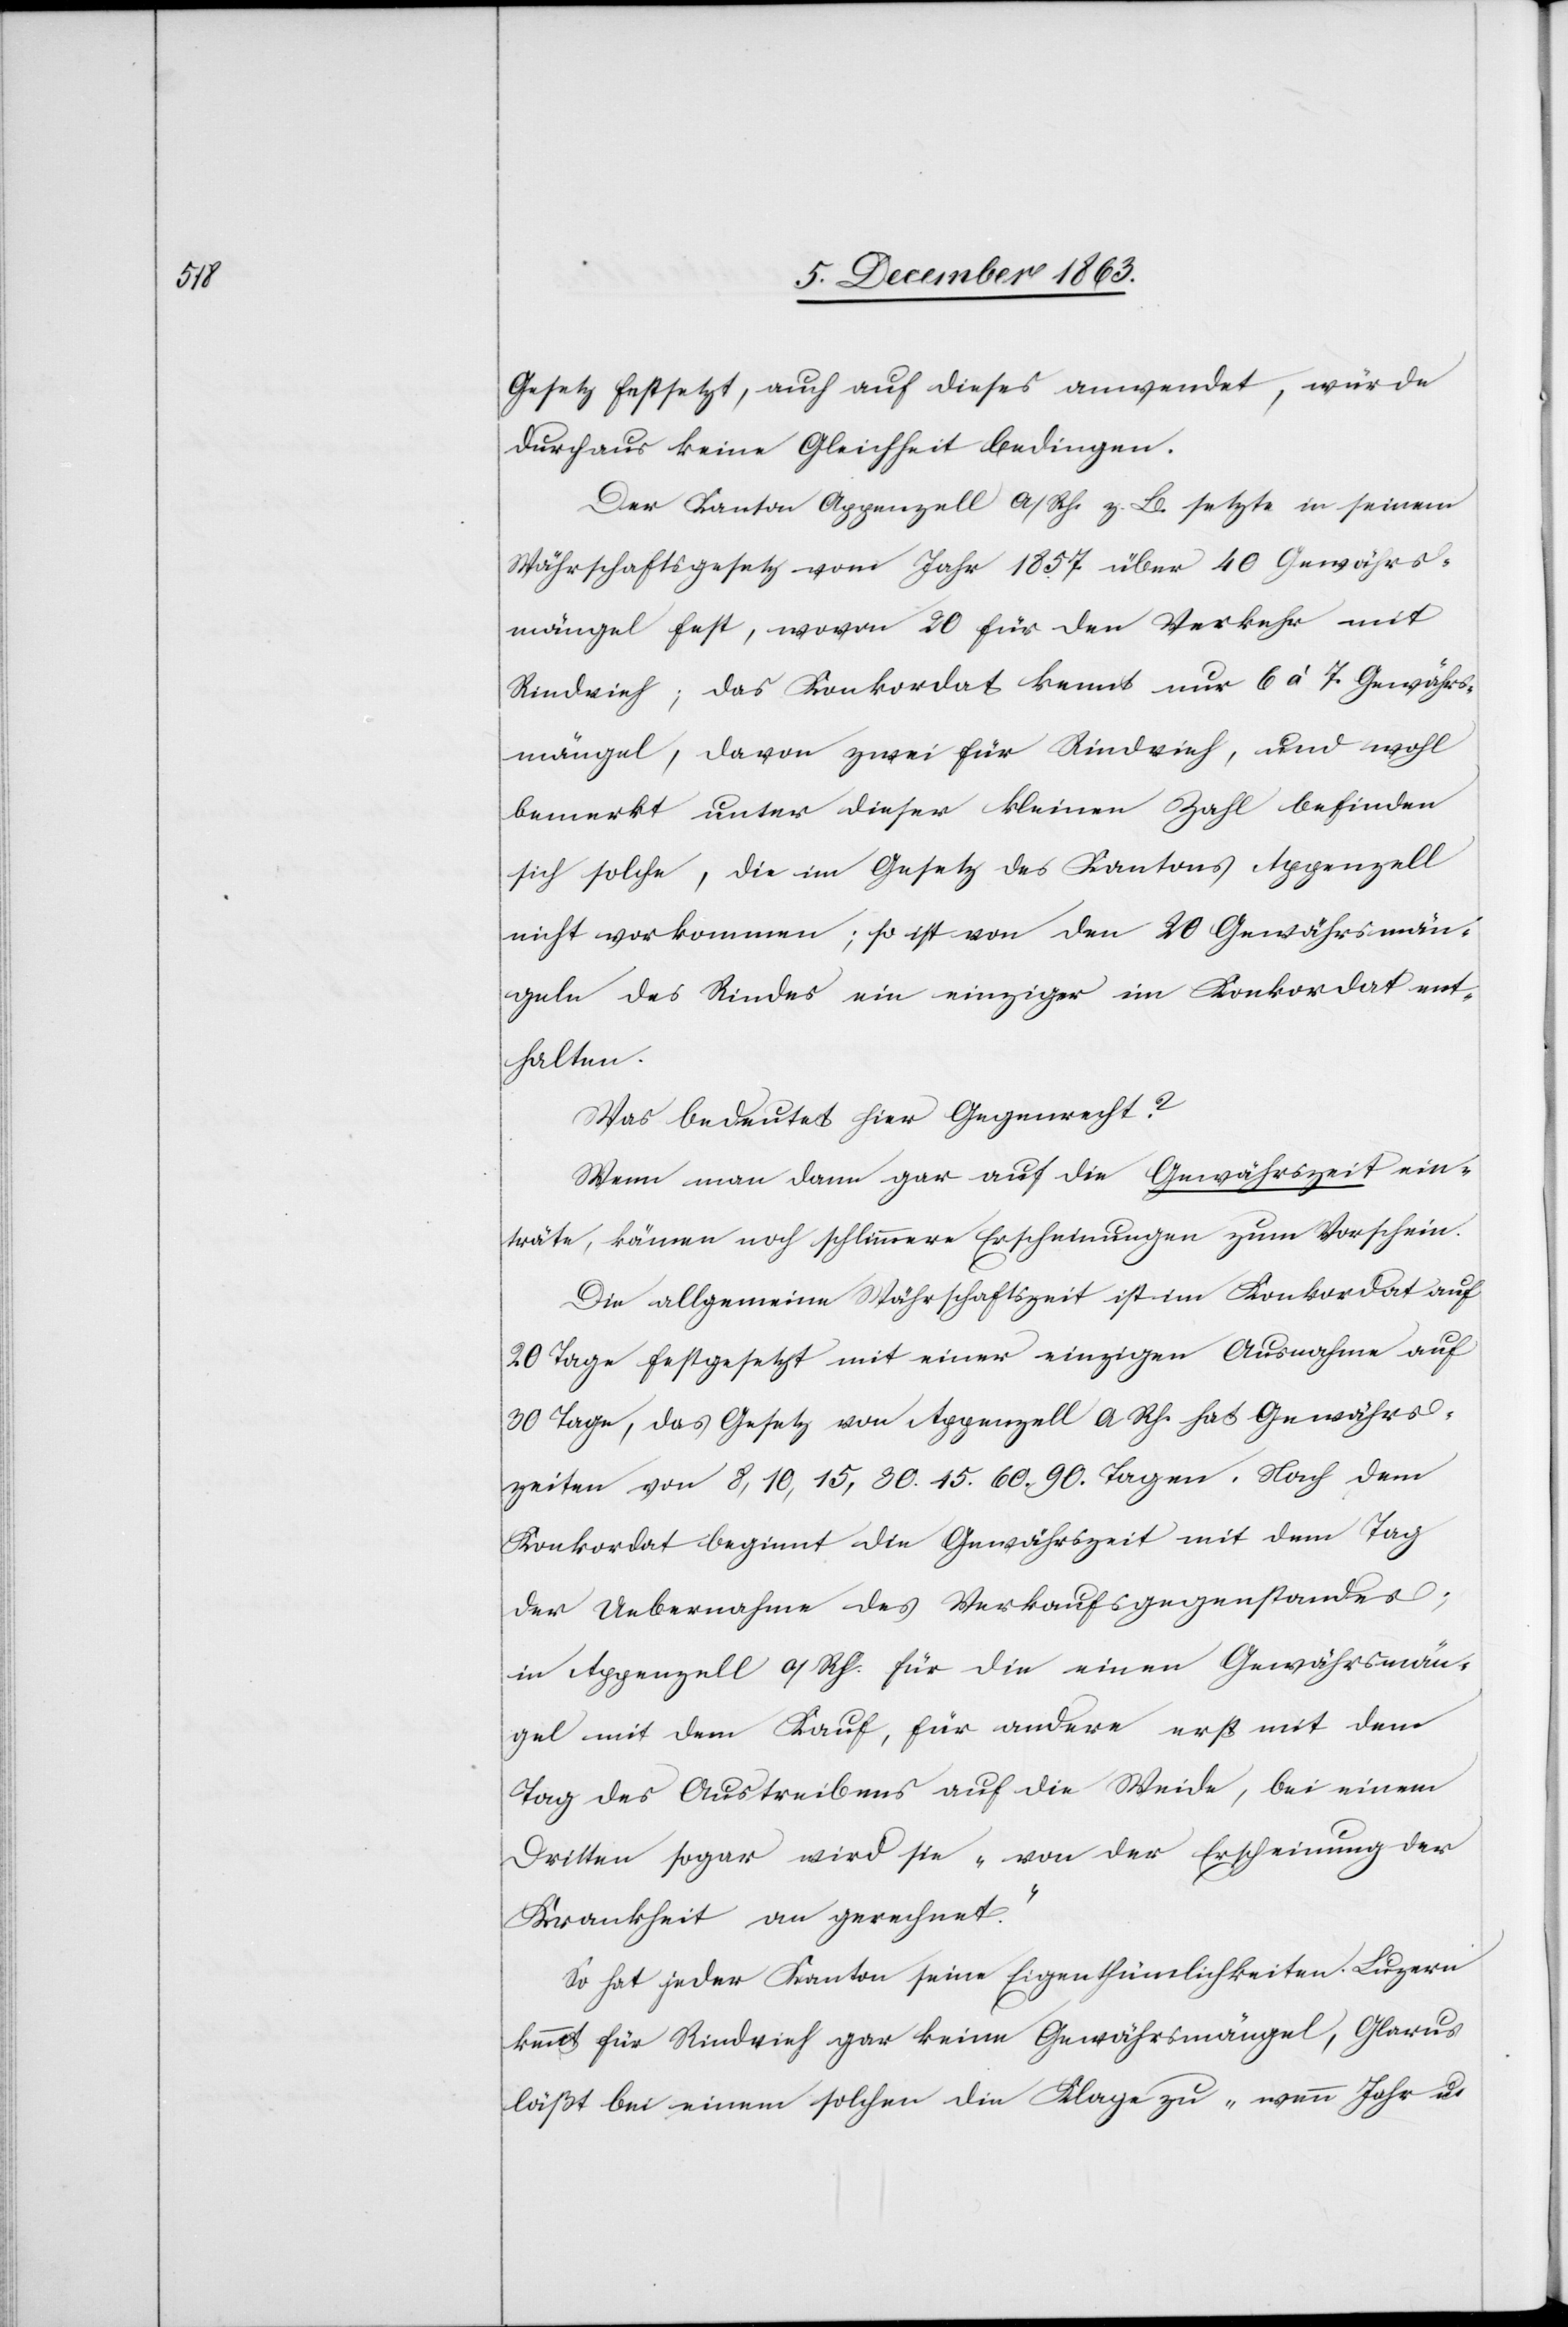
Gesetz festsetzt, auch auf dieses anwendet, würde
durchaus keine Gleichheit bedingen.
Der Kanton Appenzell a/Rh. z. B. setzte in seinem
Währschaftsgesetz vom Jahr 1857 über 40 Gewährs¬
mängel fest, wovon 20 für den Verkehr mit
Rindvieh; das Konkordat kennt nur 6 à 7 Gewährs¬
mängel, davon zwei für Rindvieh, und wohl
bemerkt unter dieser kleinen Zahl befinden
sich solche, die im Gesetz des Kantons Appenzell
nicht vorkommen; so ist von den 20 Gewährsmän¬
geln des Rindes ein einziger im Konkordat ent¬
halten.
Was bedeutet hier Gegenrecht?
Wenn man dann gar auf die Gewährszeit ein¬
träte, kämen noch schlimmere Erscheinungen zum Vorschein.
Die allgemeine Währschaftszeit ist im Konkordat auf
20 Tage festgesetzt mit einer einzigen Ausnahme auf
30 Tage, das Gesetz von Appenzell A Rh. hat Gewährs¬
zeiten von 8, 10, 15, 30. 45. 60. 90 Tagen. Nach dem
Konkordat beginnt die Gewährszeit mit dem Tag
der Uebernahme des Verkaufsgegenstandes;
in Appenzell a/Rh. für die einen Gewährsmän¬
gel mit dem Kauf, für andere erst mit dem
Tag des Austreibens auf die Weide, beim einen
Dritten sogar wird sie „von der Erscheinung der
Krankheit an gerechnet“.
So hat jeder Kanton seine Eigenthümlichkeiten. Luzern
kennt für Rindvieh gar keine Gewährsmängel, Glarus
läßt bei einem solchen die Klage zu „wenn Jahr u.